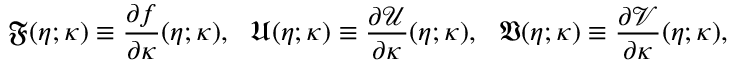
\mathfrak { F } ( \eta ; \kappa ) \equiv \frac { \partial f } { \partial \kappa } ( \eta ; \kappa ) , ~ ~ \mathfrak { U } ( \eta ; \kappa ) \equiv \frac { \partial \mathcal { U } } { \partial \kappa } ( \eta ; \kappa ) , ~ ~ \mathfrak { V } ( \eta ; \kappa ) \equiv \frac { \partial \mathcal { V } } { \partial \kappa } ( \eta ; \kappa ) ,